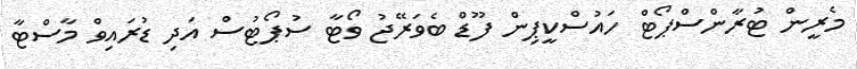
މެރީން ޓުރާންސްޕޯޓް ހައުސްކީޕިން ފޫޑް ބެވަރޭޖު ވޯޓާ ސުޕޯޓުސް އަދި ޑުރައިވް މާސްޓާ